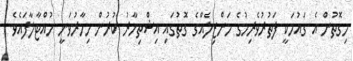
މިގޮތުން އެ ގައުމަކީ ފަތުރުވެރިމުގެ މަންޒިލެއްގެ ގޮތުގައި އިޝްތިހާރު ކުރުން މިހާރުވަނީ ހުއްޓާލާފައެވެ.